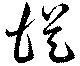
從